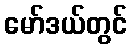
မော်ဒယ်တွင်